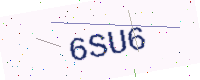
Text: 6SU6